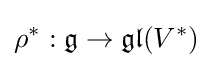
\rho ^{*}:{\mathfrak {g}}\rightarrow {\mathfrak {gl}}(V^{*})